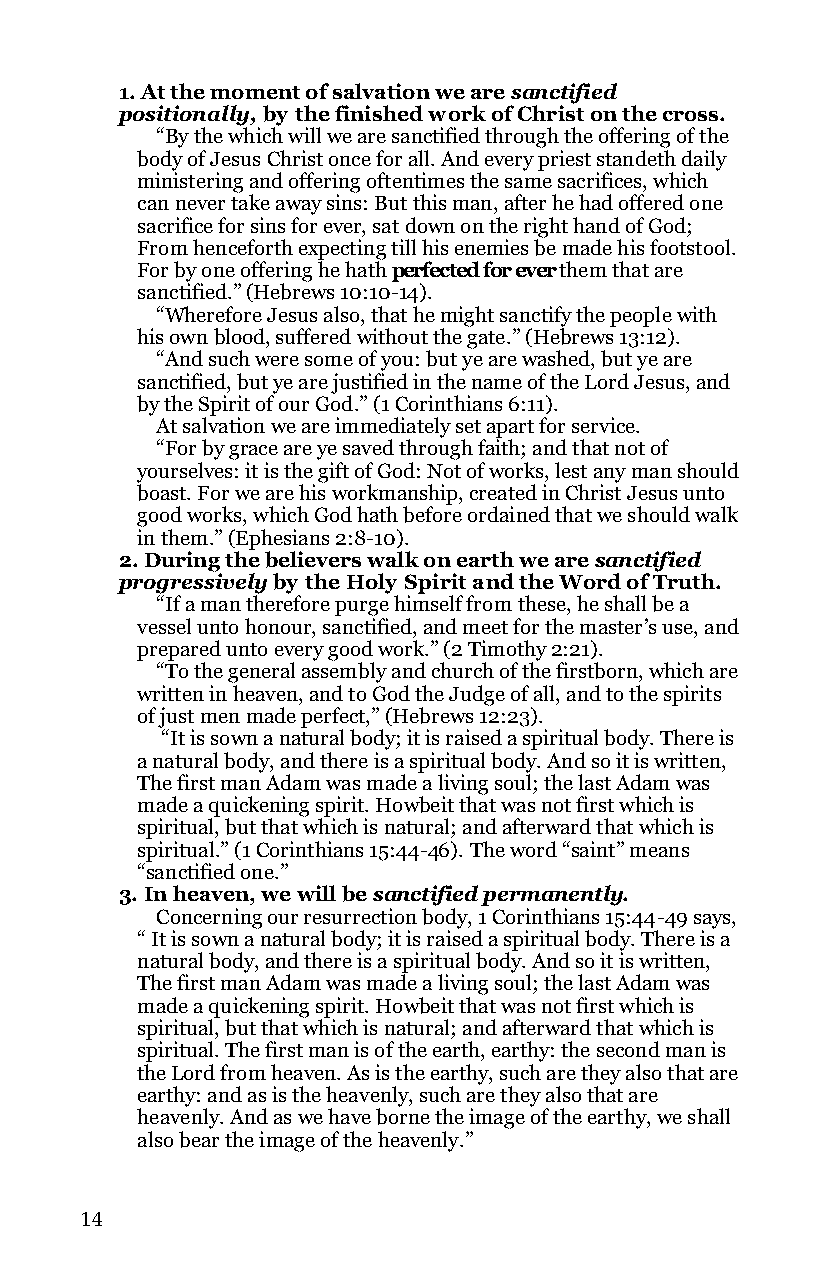
1. At the moment of salvation we are sanctified
 positionally, by the finished work of Christ on the cross.
 “By the which will we are sanctified through the offering of the
 body of Jesus Christ once for all. And every priest standeth daily
 ministering and offering oftentimes the same sacrifices, which
 can never take away sins: But this man, after he had offered one
 sacrifice for sins for ever, sat down on the right hand of God;
 From henceforth expecting till his enemies be made his footstool.
 For by one offering he hath perfected for ever them that are
 sanctified.” (Hebrews 10:10-14).
 “Wherefore Jesus also, that he might sanctify the people with
 his own blood, suffered without the gate.” (Hebrews 13:12).
 “And such were some of you: but ye are washed, but ye are
 sanctified, but ye are justified in the name of the Lord Jesus, and
 by the Spirit of our God.” (1 Corinthians 6:11).
 At salvation we are immediately set apart for service.
 “For by grace are ye saved through faith; and that not of
 yourselves: it is the gift of God: Not of works, lest any man should
 boast. For we are his workmanship, created in Christ Jesus unto
 good works, which God hath before ordained that we should walk
 in them.” (Ephesians 2:8-10).
 2. During the believers walk on earth we are sanctified
 progressively by the Holy Spirit and the Word of Truth.
 “If a man therefore purge himself from these, he shall be a
 vessel unto honour, sanctified, and meet for the master’s use, and
 prepared unto every good work.” (2 Timothy 2:21).
 “To the general assembly and church of the firstborn, which are
 written in heaven, and to God the Judge of all, and to the spirits
 of just men made perfect,” (Hebrews 12:23).
 “It is sown a natural body; it is raised a spiritual body. There is
 a natural body, and there is a spiritual body. And so it is written,
 The first man Adam was made a living soul; the last Adam was
 made a quickening spirit. Howbeit that was not first which is
 spiritual, but that which is natural; and afterward that which is
 spiritual.” (1 Corinthians 15:44-46). The word “saint” means
 “sanctified one.”
 3. In heaven, we will be sanctified permanently.
 Concerning our resurrection body, 1 Corinthians 15:44-49 says,
 “ It is sown a natural body; it is raised a spiritual body. There is a
 natural body, and there is a spiritual body. And so it is written,
 The first man Adam was made a living soul; the last Adam was
 made a quickening spirit. Howbeit that was not first which is
 spiritual, but that which is natural; and afterward that which is
 spiritual. The first man is of the earth, earthy: the second man is
 the Lord from heaven. As is the earthy, such are they also that are
 earthy: and as is the heavenly, such are they also that are
 heavenly. And as we have borne the image of the earthy, we shall
 also bear the image of the heavenly.”
 14